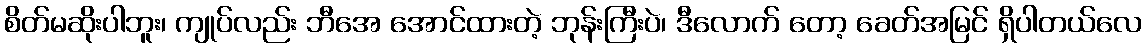
စိတ်မဆိုးပါဘူး၊ ကျုပ်လည်း ဘီအေ အောင်ထားတဲ့ ဘုန်းကြီးပဲ၊ ဒီလောက် တော့ ခေတ်အမြင် ရှိပါတယ်လေ